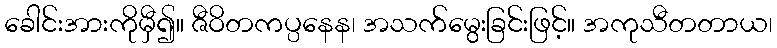
ခေါင်းအားကိုမှီ၍။ ဇီဝိတကပ္ပနေန၊ အသက်မွေးခြင်းဖြင့်။ အကုသီတတာယ၊